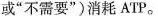
或”不需要”)消耗ATP。